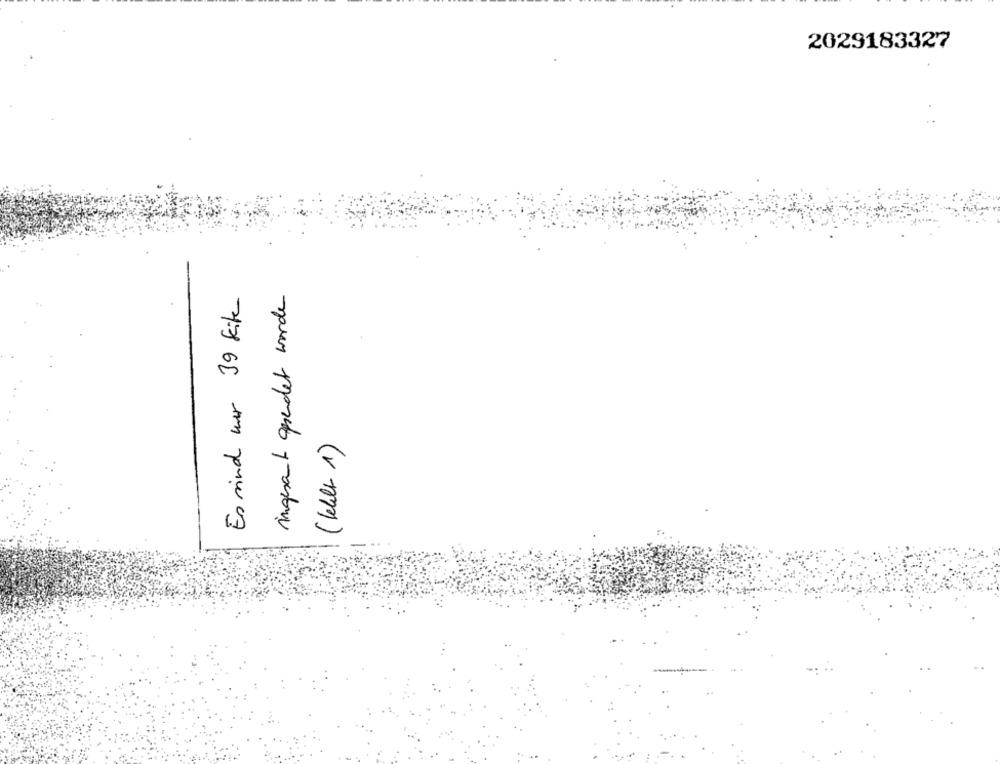
2029183327
Es sind wer 39 kite
ingesant aprendet worden
(Kell 1)